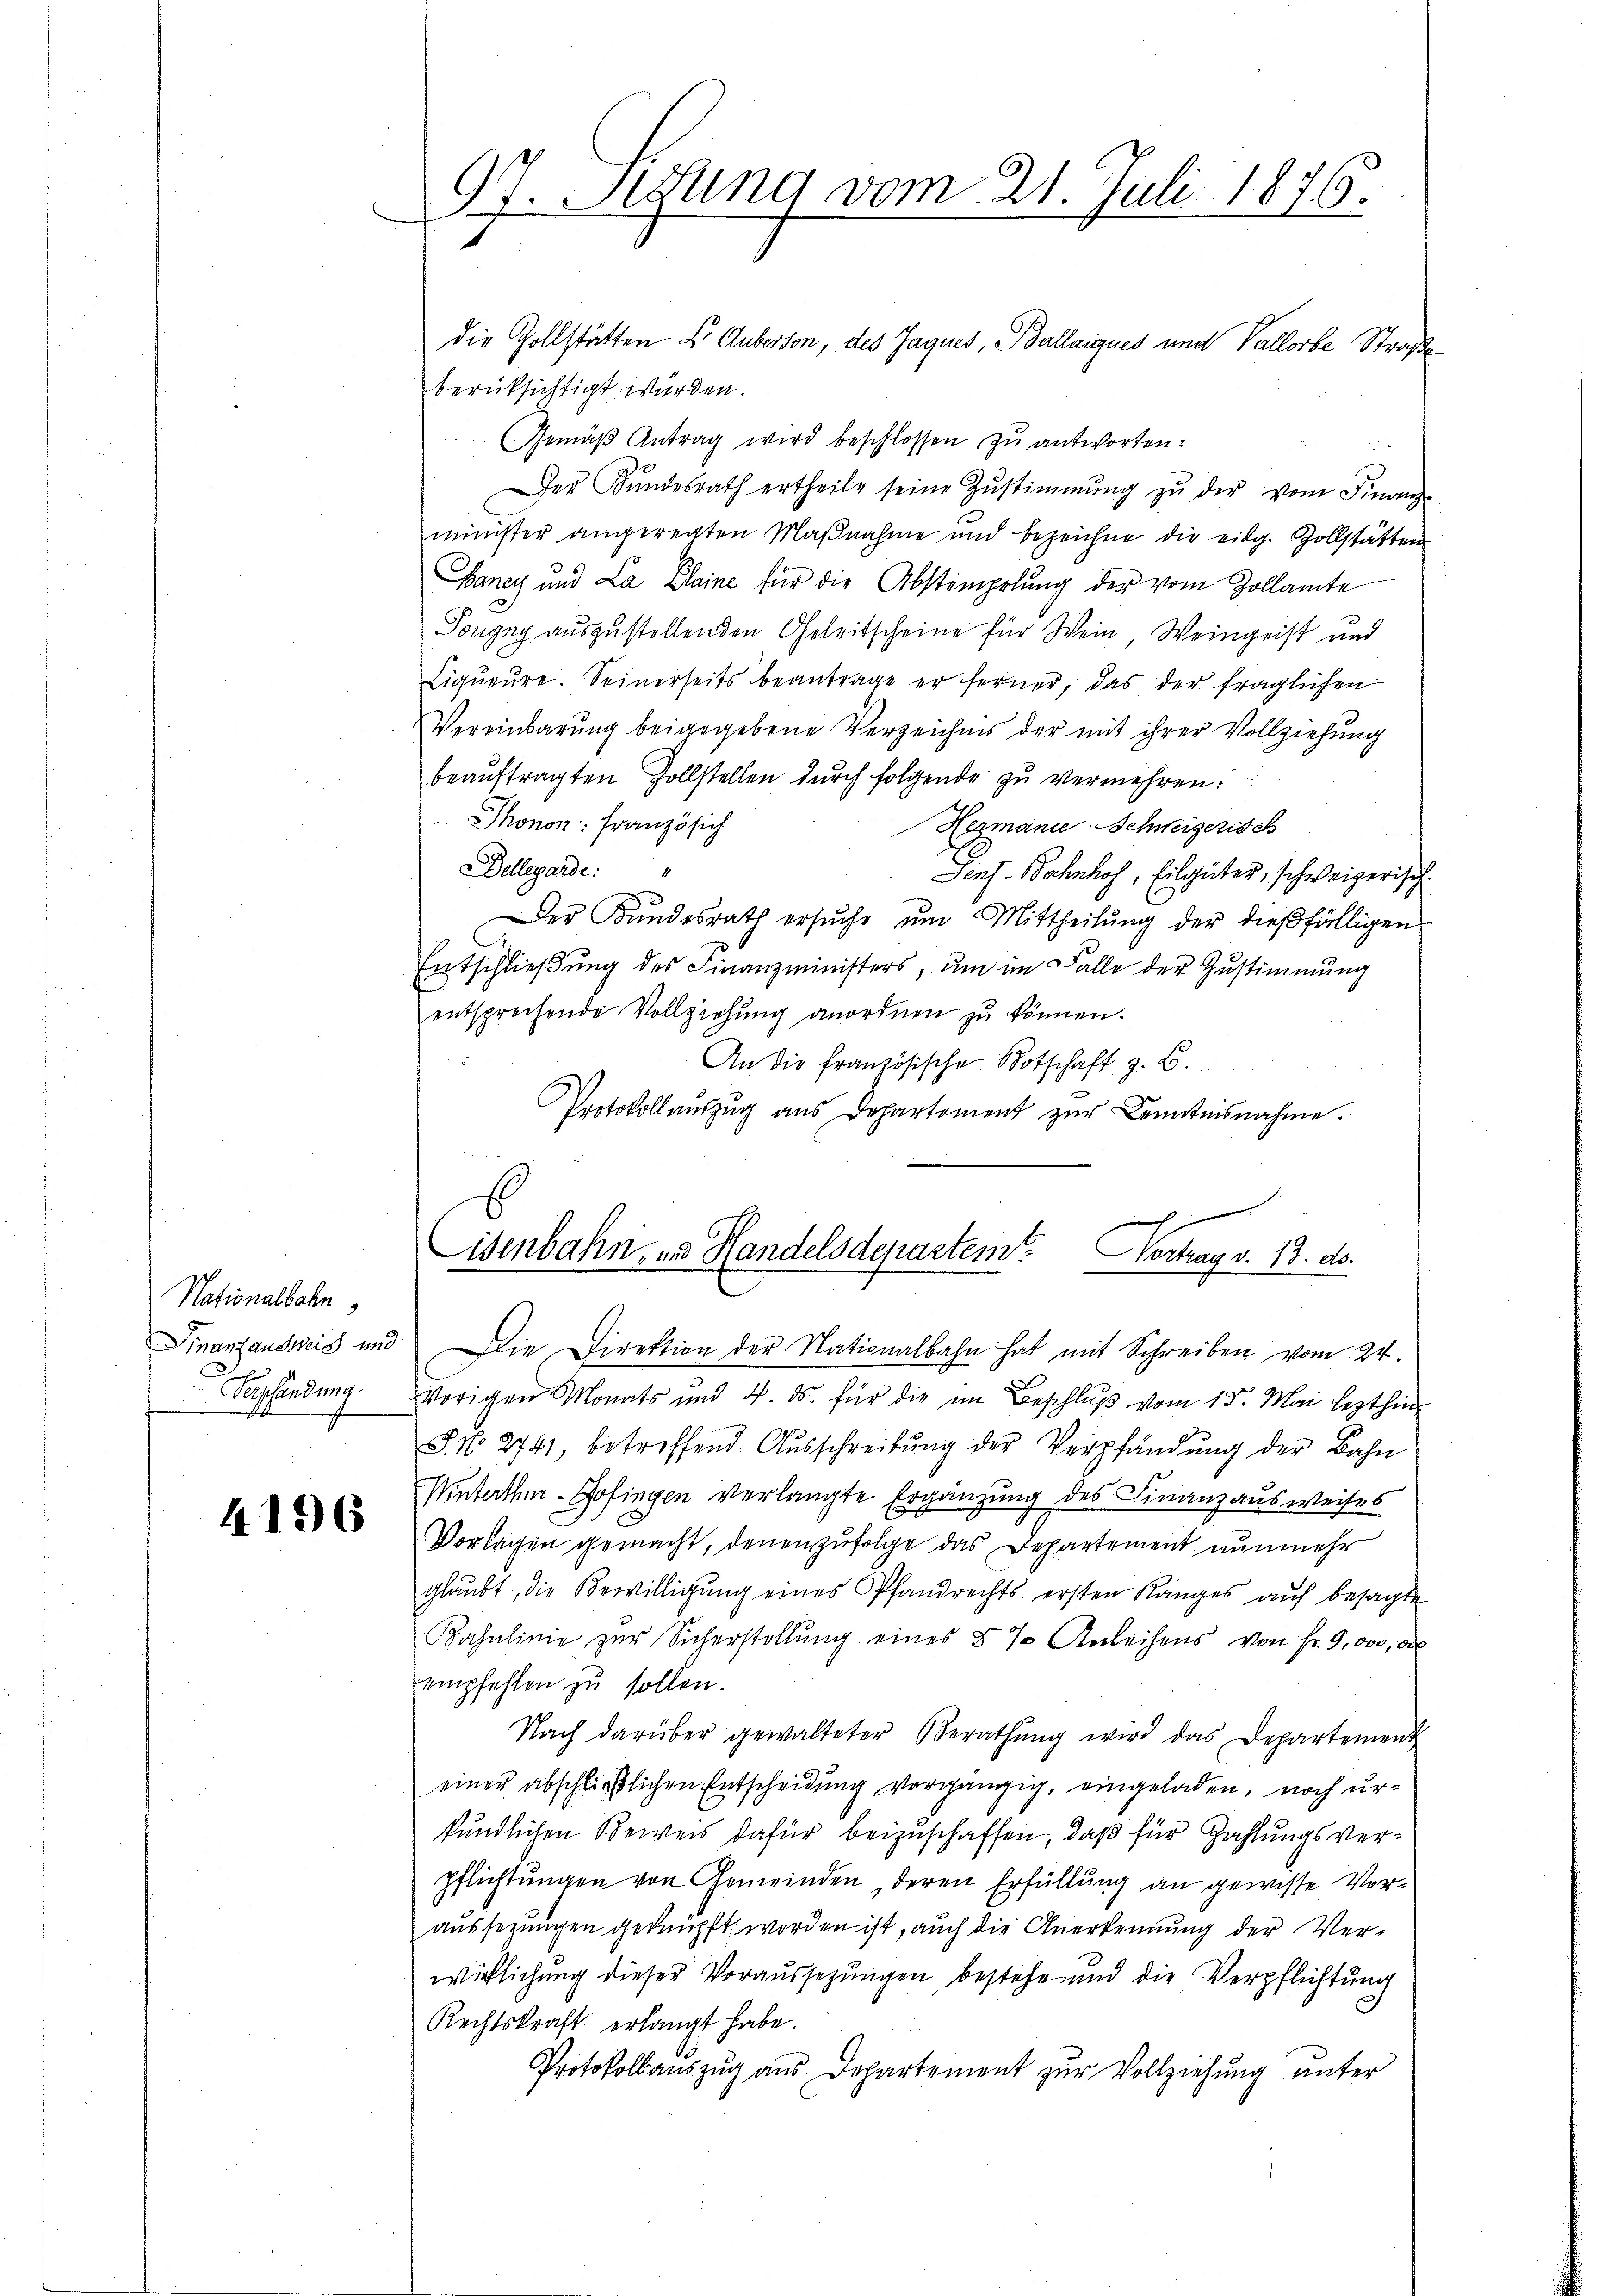
Nationalbahn
assendung.

4196

97. Setzung vom 21. Juli 1876.

die Zollstätten E. Auberson, des Jaques, Ballaiques und Vallorbe Straße
berücksichtigt würden.
Gemäβ Antrag wird beschlossen zŭ antworten:
n
Der Bŭndesrath ertheile seine Zŭstimmung zŭ der vom Finanz-
minister angeregten Maßnahme und bezeichne die eidg. Zollstätten
Baney und La Claine für die Abstempelung der vom Zollamte
Tougny auszustellenden Geleitscheine für Wein Weingeist und
Liqŭeŭre. Seinerseits beantrage er ferner, das der fraglichen
Vereinbarung beigegebene Verzeichnis der mit ihrer Vollziehung
beauftragten Zollstellen durch folgende zu vermehren:
Thonon: Französich
Hezmanie Schweizerisch
Dellegarde.
Senf-Bahnhof, Eilgüter, schweizerisch
Der Bŭndesrath ersŭche ŭm Mittheilŭng der dießfälligen
Entschließung des Finanzministers, um im Falle der Zustimmung
entsprechende Vollziehung anordnen zu können.

An die französische Botschaft z. B.
Protokoll aŭszŭg ans Departement zŭr Kenntnisnahme.

vorigen Monats und 4. ds. für die im Beschlŭβ vom 15. Mai lezthin
J N. 2741, betreffend Aŭsschreibŭng der Verpfändung der Bahn
Winterthur-Gofingen verlangte Ergänzung des Finanzausweises
Vorlagen gemacht, denenzufolge das Departement nunmehr
glaŭbt, die Bewilligŭng eines Pfandrechts ersten Ranges aŭf besagte
Bahnlinie zur Sicherstellŭng eines § 7 Anleihens von Fr. 9,000, d
empfehlen zu sollen.
Nach darüber gewalteter Berathŭng wird das Departement
einer abschließlichen Entscheidung vorgängig, eingeladen, noch urkundlichen Beweis dafür beizuschaffen, daß für Zahlungsverpflichtungen von Gemeinden, deren Erfüllung an gewisse Voraussezungen geknüpft worden ist, auch die Anerkennung der Ver-
wirklichung dieser Voraussezungen, bestehe und die Verpflichtung
Rechtskraft erlangt habe.
Protokollauszug aus Departement zur Vollziehung unter

Eisenbahn, und Handelsdepartem Vortrag v. 13. ds.
Finanzausweis und Die Direktion der Nationalbahn hat mit Schreiben vom 24.